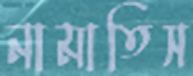
নামাতিস